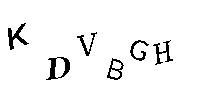
KDVBGH